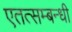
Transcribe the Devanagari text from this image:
एतत्सम्बन्धी